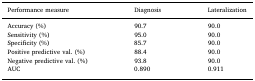
<table><thead><tr><td><b>Performance measure</b></td><td><b>Diagnosis</b></td><td><b>Lateralization</b></td></tr></thead><tbody><tr><td>Accuracy (%)</td><td>90.7</td><td>90.0</td></tr><tr><td>Sensitivity (%)</td><td>95.0</td><td>90.0</td></tr><tr><td>Specificity (%)</td><td>85.7</td><td>90.0</td></tr><tr><td>Positive predictive val. (%)</td><td>88.4</td><td>90.0</td></tr><tr><td>Negative predictive val. (%)</td><td>93.8</td><td>90.0</td></tr><tr><td>AUC</td><td>0.890</td><td>0.911</td></tr></tbody></table>